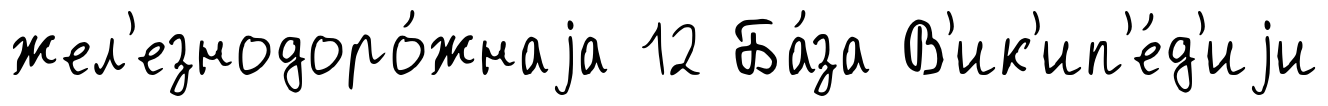
жел'езнодоро́жнаjа 12 Ба́за В'ик'ип'е́д'иjи